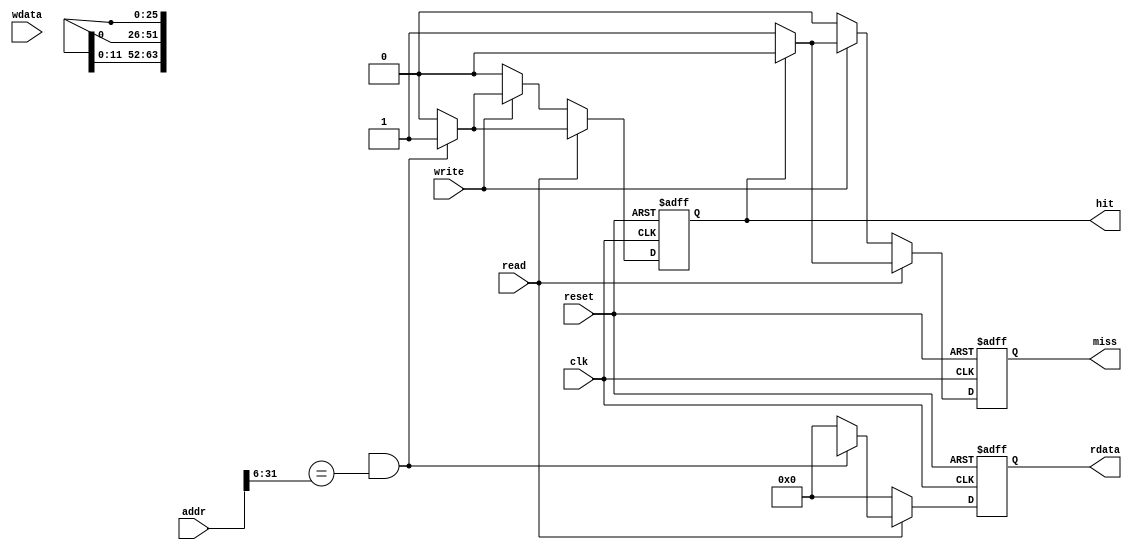
module L2_Cache #(
    parameter CACHE_SIZE = 256,       // Number of cache lines
    parameter LINE_SIZE = 64,          // Number of bytes per cache line
    parameter ASSOCIATIVITY = 4,       // 4-way set associative
    parameter ADDRESS_WIDTH = 32        // Address width
)(
    input wire clk,
    input wire reset,
    input wire read,                   // Read operation signal
    input wire write,                  // Write operation signal
    input wire [ADDRESS_WIDTH-1:0] addr, // Address from CPU
    input wire [LINE_SIZE-1:0] wdata,  // Data to write
    output reg [LINE_SIZE-1:0] rdata,  // Data to read
    output reg hit,                    // Hit signal
    output reg miss                    // Miss signal
);

    localparam NUM_SETS = CACHE_SIZE / (LINE_SIZE * ASSOCIATIVITY);
    localparam TAG_WIDTH = ADDRESS_WIDTH - $clog2(NUM_SETS) - $clog2(LINE_SIZE);
    
    // Cache line structure
    reg [LINE_SIZE-1:0] cache_data[0:NUM_SETS-1][0:ASSOCIATIVITY-1];
    reg [TAG_WIDTH-1:0] cache_tag[0:NUM_SETS-1][0:ASSOCIATIVITY-1];
    reg valid[0:NUM_SETS-1][0:ASSOCIATIVITY-1];
    reg [ASSOCIATIVITY-1:0] lru_counter[0:NUM_SETS-1];

    wire [TAG_WIDTH-1:0] tag = addr[ADDRESS_WIDTH-1:ADDRESS_WIDTH-TAG_WIDTH];
    wire [$clog2(NUM_SETS)-1:0] index = addr[$clog2(NUM_SETS) +: $clog2(NUM_SETS)];
    wire [$clog2(LINE_SIZE)-1:0] block_offset = addr[$clog2(NUM_SETS) + $clog2(LINE_SIZE)-1:$clog2(NUM_SETS)];

    integer i, j;

    always @(posedge clk or posedge reset) begin
        if (reset) begin
            // Reset cache
            for (i = 0; i < NUM_SETS; i = i + 1) begin
                for (j = 0; j < ASSOCIATIVITY; j = j + 1) begin
                    valid[i][j] <= 0;
                    cache_tag[i][j] <= 0;
                    lru_counter[i][j] <= 0;
                end
            end
            rdata <= 0;
            hit <= 0;
            miss <= 0;
        end else begin
            hit <= 0;
            miss <= 0;
            rdata <= 0;

            if (read) begin
                // Read operation
                for (j = 0; j < ASSOCIATIVITY; j = j + 1) begin
                    if (valid[index][j] && (cache_tag[index][j] == tag)) begin
                        // Cache hit
                        rdata <= cache_data[index][j];
                        hit <= 1;
                        // Update LRU counter
                        lru_counter[index][j] <= 1;
                    end
                end
                if (!hit) begin
                    // Cache miss
                    miss <= 1;
                    // Fetch data from next level (not implemented in this example)
                end
            end else if (write) begin
                // Write operation
                for (j = 0; j < ASSOCIATIVITY; j = j + 1) begin
                    if (valid[index][j] && (cache_tag[index][j] == tag)) begin
                        // Cache hit
                        cache_data[index][j] <= wdata;
                        hit <= 1;
                        // Update LRU counter
                        lru_counter[index][j] <= 1;
                    end
                end
                if (!hit) begin
                    // Cache miss
                    miss <= 1;
                    // Fetch data from next level and handle eviction (not implemented in this example)
                end
            end
        end
    end

endmodule